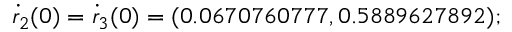
\dot { r } _ { 2 } ( 0 ) = \dot { r } _ { 3 } ( 0 ) = ( 0 . 0 6 7 0 7 6 0 7 7 7 , 0 . 5 8 8 9 6 2 7 8 9 2 ) ;